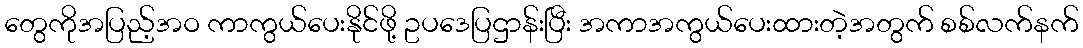
တွေကိုအပြည့်အဝ ကာကွယ်ပေးနိုင်ဖို့ ဥပဒေပြဌာန်းပြီး အကာအကွယ်ပေးထားတဲ့အတွက် စစ်လက်နက်